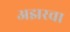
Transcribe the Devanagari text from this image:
अझरचा